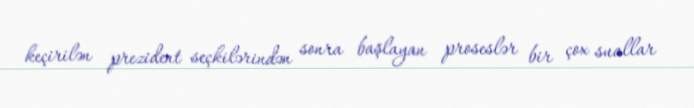
keçirilən prezident seçkilərindən sonra başlayan proseslər bir çox suallar